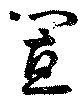
置